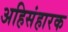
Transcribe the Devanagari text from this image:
अहिसंहारक